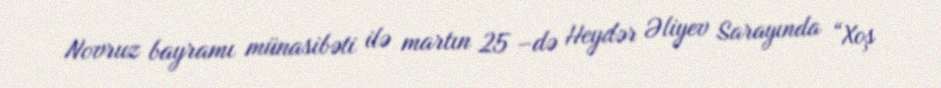
Novruz bayramı münasibəti ilə martın 25 –də Heydər Əliyev Sarayında “Xoş